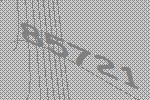
85721